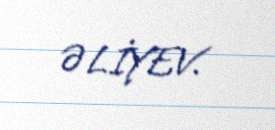
ƏLİYEV.